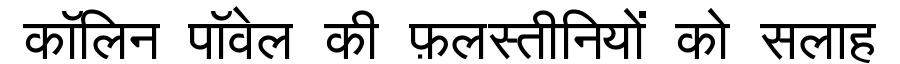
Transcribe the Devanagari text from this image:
कॉलिन पॉवेल की फ़लस्तीनियों को सलाह